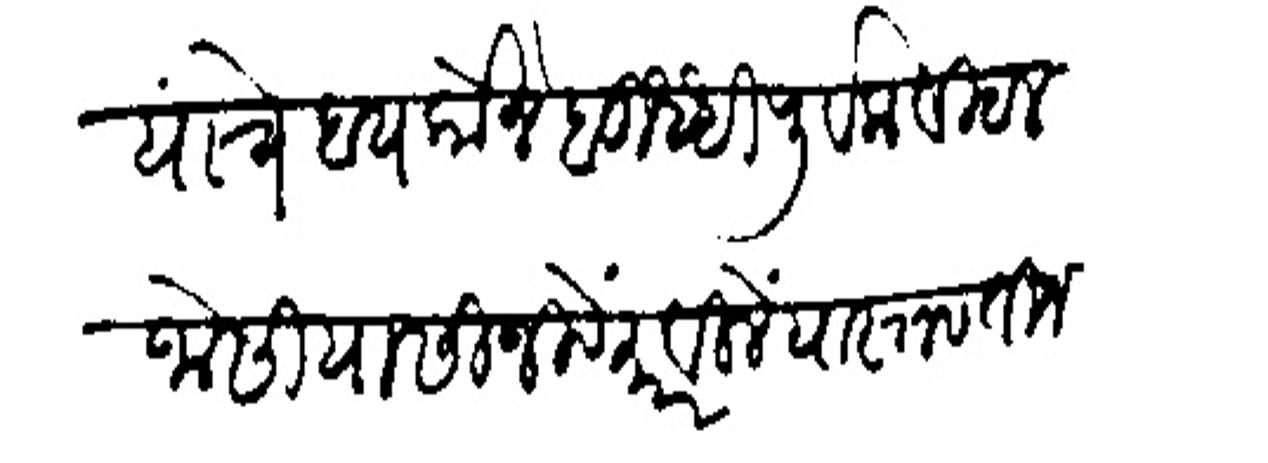
Transliteration (Devanagari): जोसी यांचे बायकोने बुध्धीपूर्वक विठल जोसी यासी जिवे मारविलें वास्तव तिजला